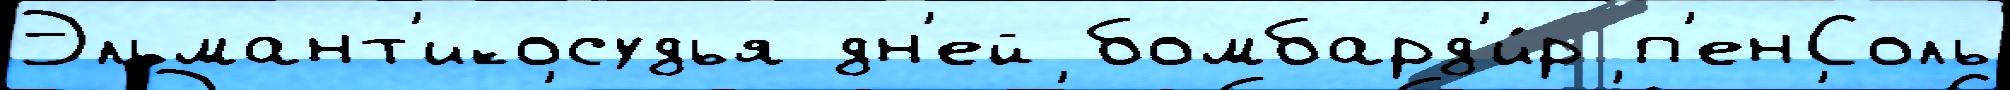
Эльмант'икосудья дн'ей бомбард'и́р п'енСоль